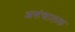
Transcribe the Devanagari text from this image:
असंचालक